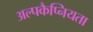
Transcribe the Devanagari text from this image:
अल्पकैप्नियता